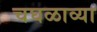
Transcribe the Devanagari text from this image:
चघळाव्या